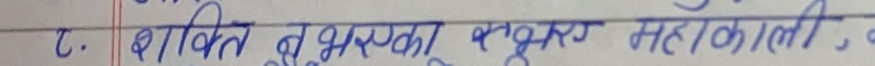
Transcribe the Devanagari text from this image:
८. भक्ति तू भद्रकाली प्रकट महाकाली